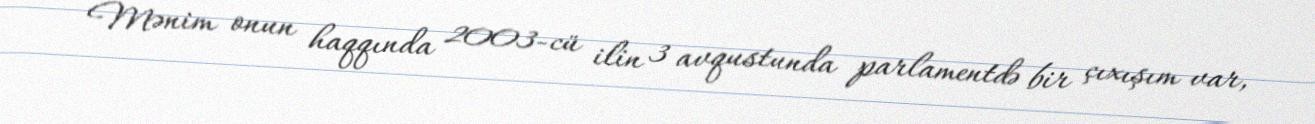
Mənim onun haqqında 2003-cü ilin 3 avqustunda parlamentdə bir çıxışım var,